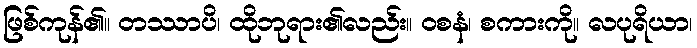
ဖြစ်ကုန်၏။ တဿာပိ၊ ထိုဘုရား၏လည်း။ ဝစနံ၊ စကားကို။ လပုရိယာ၊